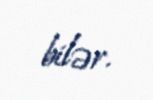
bilər.